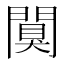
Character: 闃